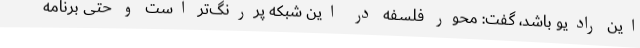
این رادیو باشد، گفت: محور فلسفه در این شبکه پررنگ‌تر است و حتی برنامه